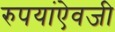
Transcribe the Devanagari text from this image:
रुपयांऐवजी